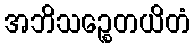
အဘိသဉ္စေတယိတံ